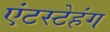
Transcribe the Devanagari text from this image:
एंटस्टेहंग